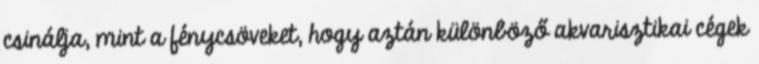
csinálja, mint a fénycsöveket, hogy aztán különböző akvarisztikai cégek